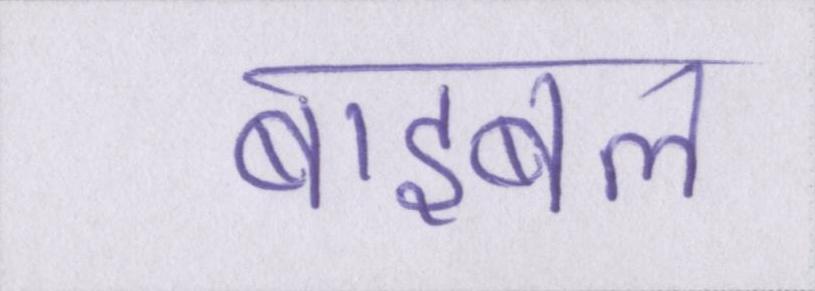
बाइबल